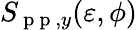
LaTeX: S_{\mathrm{~p~p~},y}(\varepsilon,\phi)